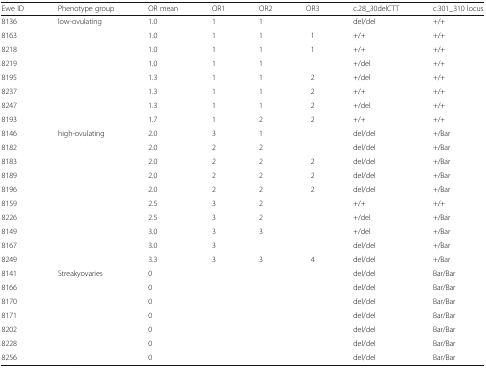
<table><thead><tr><td><b>Ewe ID</b></td><td><b>Phenotype group</b></td><td><b>OR mean</b></td><td><b>OR1</b></td><td><b>OR2</b></td><td><b>OR3</b></td><td><b>c.28_30delCTT</b></td><td><b>c.301_310 locus</b></td></tr></thead><tbody><tr><td>8136</td><td>low-ovulating</td><td>1.0</td><td>1</td><td>1</td><td></td><td>del/del</td><td>+/+</td></tr><tr><td>8163</td><td></td><td>1.0</td><td>1</td><td>1</td><td>1</td><td>+/+</td><td>+/+</td></tr><tr><td>8218</td><td></td><td>1.0</td><td>1</td><td>1</td><td>1</td><td>+/+</td><td>+/+</td></tr><tr><td>8219</td><td></td><td>1.0</td><td>1</td><td>1</td><td></td><td>+/del</td><td>+/+</td></tr><tr><td>8195</td><td></td><td>1.3</td><td>1</td><td>1</td><td>2</td><td>+/del</td><td>+/+</td></tr><tr><td>8237</td><td></td><td>1.3</td><td>1</td><td>1</td><td>2</td><td>+/+</td><td>+/+</td></tr><tr><td>8247</td><td></td><td>1.3</td><td>1</td><td>1</td><td>2</td><td>+/del</td><td>+/+</td></tr><tr><td>8193</td><td></td><td>1.7</td><td>1</td><td>2</td><td>2</td><td>+/+</td><td>+/+</td></tr><tr><td>8146</td><td>high-ovulating</td><td>2.0</td><td>3</td><td>1</td><td></td><td>del/del</td><td>+/Bar</td></tr><tr><td>8182</td><td></td><td>2.0</td><td>2</td><td>2</td><td></td><td>del/del</td><td>+/Bar</td></tr><tr><td>8183</td><td></td><td>2.0</td><td>2</td><td>2</td><td>2</td><td>del/del</td><td>+/Bar</td></tr><tr><td>8189</td><td></td><td>2.0</td><td>2</td><td>2</td><td>2</td><td>del/del</td><td>+/Bar</td></tr><tr><td>8196</td><td></td><td>2.0</td><td>2</td><td>2</td><td>2</td><td>del/del</td><td>+/Bar</td></tr><tr><td>8159</td><td></td><td>2.5</td><td>3</td><td>2</td><td></td><td>+/+</td><td>+/+</td></tr><tr><td>8226</td><td></td><td>2.5</td><td>3</td><td>2</td><td></td><td>+/del</td><td>+/Bar</td></tr><tr><td>8149</td><td></td><td>3.0</td><td>3</td><td>3</td><td></td><td>+/del</td><td>+/Bar</td></tr><tr><td>8167</td><td></td><td>3.0</td><td>3</td><td></td><td></td><td>del/del</td><td>+/Bar</td></tr><tr><td>8249</td><td></td><td>3.3</td><td>3</td><td>3</td><td>4</td><td>del/del</td><td>+/Bar</td></tr><tr><td>8141</td><td>Streakyovaries</td><td>0</td><td></td><td></td><td></td><td>del/del</td><td>Bar/Bar</td></tr><tr><td>8166</td><td></td><td>0</td><td></td><td></td><td></td><td>del/del</td><td>Bar/Bar</td></tr><tr><td>8170</td><td></td><td>0</td><td></td><td></td><td></td><td>del/del</td><td>Bar/Bar</td></tr><tr><td>8171</td><td></td><td>0</td><td></td><td></td><td></td><td>del/del</td><td>Bar/Bar</td></tr><tr><td>8202</td><td></td><td>0</td><td></td><td></td><td></td><td>del/del</td><td>Bar/Bar</td></tr><tr><td>8228</td><td></td><td>0</td><td></td><td></td><td></td><td>del/del</td><td>Bar/Bar</td></tr><tr><td>8256</td><td></td><td>0</td><td></td><td></td><td></td><td>del/del</td><td>Bar/Bar</td></tr></tbody></table>